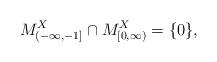
LaTeX: \begin{align*}M_{(-\infty,-1]}^X\cap M_{[0,\infty)}^X=\{0\},\end{align*}